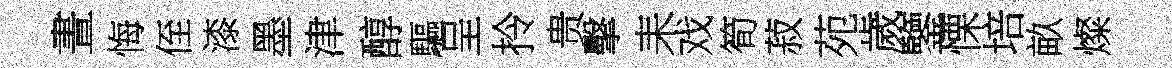
晝悔侄漆墨津醇驅呈拎贵擊耒戏筍菽苑歲鑒慄培畝燦